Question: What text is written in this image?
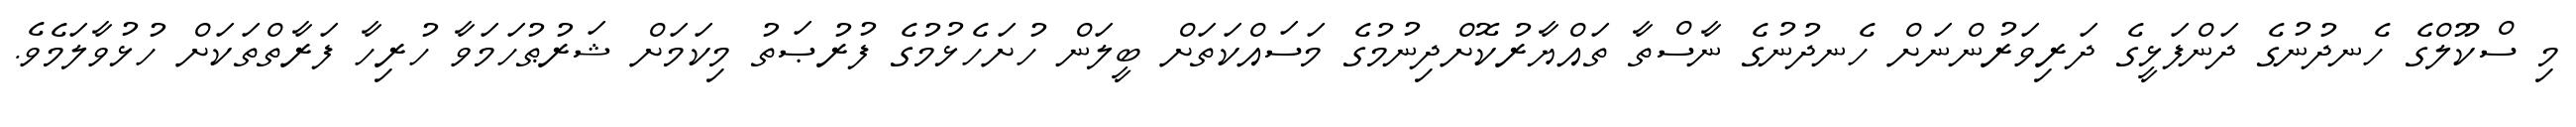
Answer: މި ސްކޫލްގެ ހެނދުނުގެ ދަންފަޅީގެ ދަރިވަރުންނަށް ހެނދުނުގެ ނާސްތާ ތައްޔާރުކޮށްދިނުމުގެ މަސައްކަތަށް ބީލަން ހުށަހެޅުމުގެ ފުރުޞަތު މިކަމަށް ޝަރުޠުހަމަވާ ހުރިހާ ފަރާތްތަކަށް ހުޅުވާލަމެވެ.